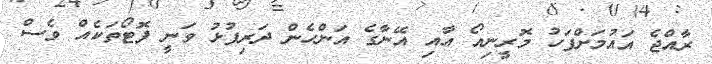
ރާއްޖެ އައުމަށްފަހު މޮރީނިއޯ އާއި އޭނާގެ އަންހެން ދަރިފުޅު ވަނީ ފޮޓޯތަކެއް ވެސް